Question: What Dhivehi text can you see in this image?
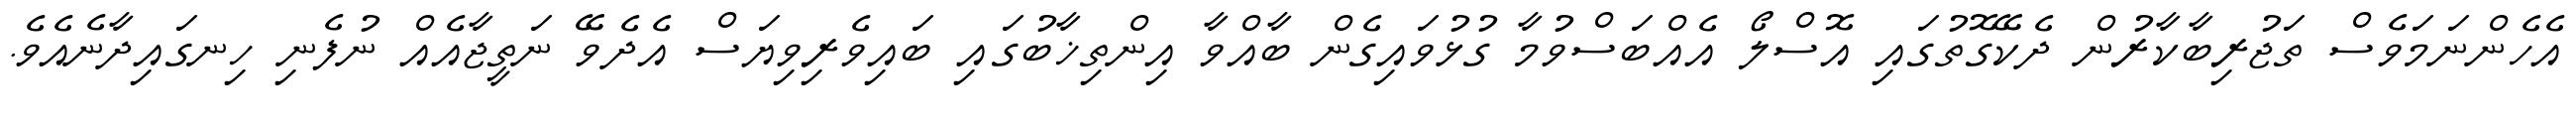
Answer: އެހެންނަމަވެސް ތަޖުރިބާކާރުން ދެކޭގޮތުގައި އޮސްލޯ އެއްބަސްވުމާ ގުޅުވައިގެން ބާއްވާ އިންތިޚާބުގައި ބައިވެރިވިޔަސް އެދެވޭ ނަތީޖާއެއް ނުފެނި ހިނގައިދާނެއެވެ.